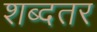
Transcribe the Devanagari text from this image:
शब्दतर